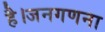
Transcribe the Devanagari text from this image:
है।जनगणना